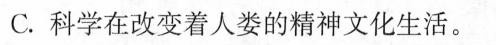
C.科学在改变着人类的精神文化生活。